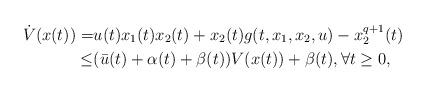
LaTeX: \begin{align*}\dot{V}(x(t))=&u(t)x_1(t)x_2(t)+x_2(t)g(t,x_1,x_2,u)-x_2^{q+1}(t)\\\leq&(\bar{u}(t)+\alpha(t)+\beta(t))V(x(t))+\beta(t), \forall t\ge 0,\end{align*}